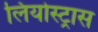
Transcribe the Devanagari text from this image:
लियोस्ट्रास